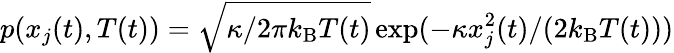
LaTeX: p(x_{j}(t),T(t))=\sqrt{\kappa/2\pi k_{\mathrm{B}}T(t)}\exp(-\kappa x_{j}^{2}(t)/(2k_{\mathrm{B}}T(t)))